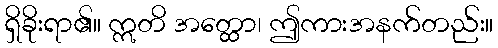
ရှိခိုးရာ၏။ ဣတိ အတ္ထော၊ ဤကားအနက်တည်း။